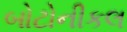
બોટોનીકલ